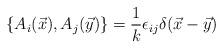
LaTeX: \begin{align*}\{A_{i}(\vec{x}), A_{j}(\vec{y})\} = \frac{1}{k}\epsilon_{ij}\delta(\vec{x} -\vec{y})\end{align*}